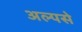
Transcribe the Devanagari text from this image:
अल्पसे